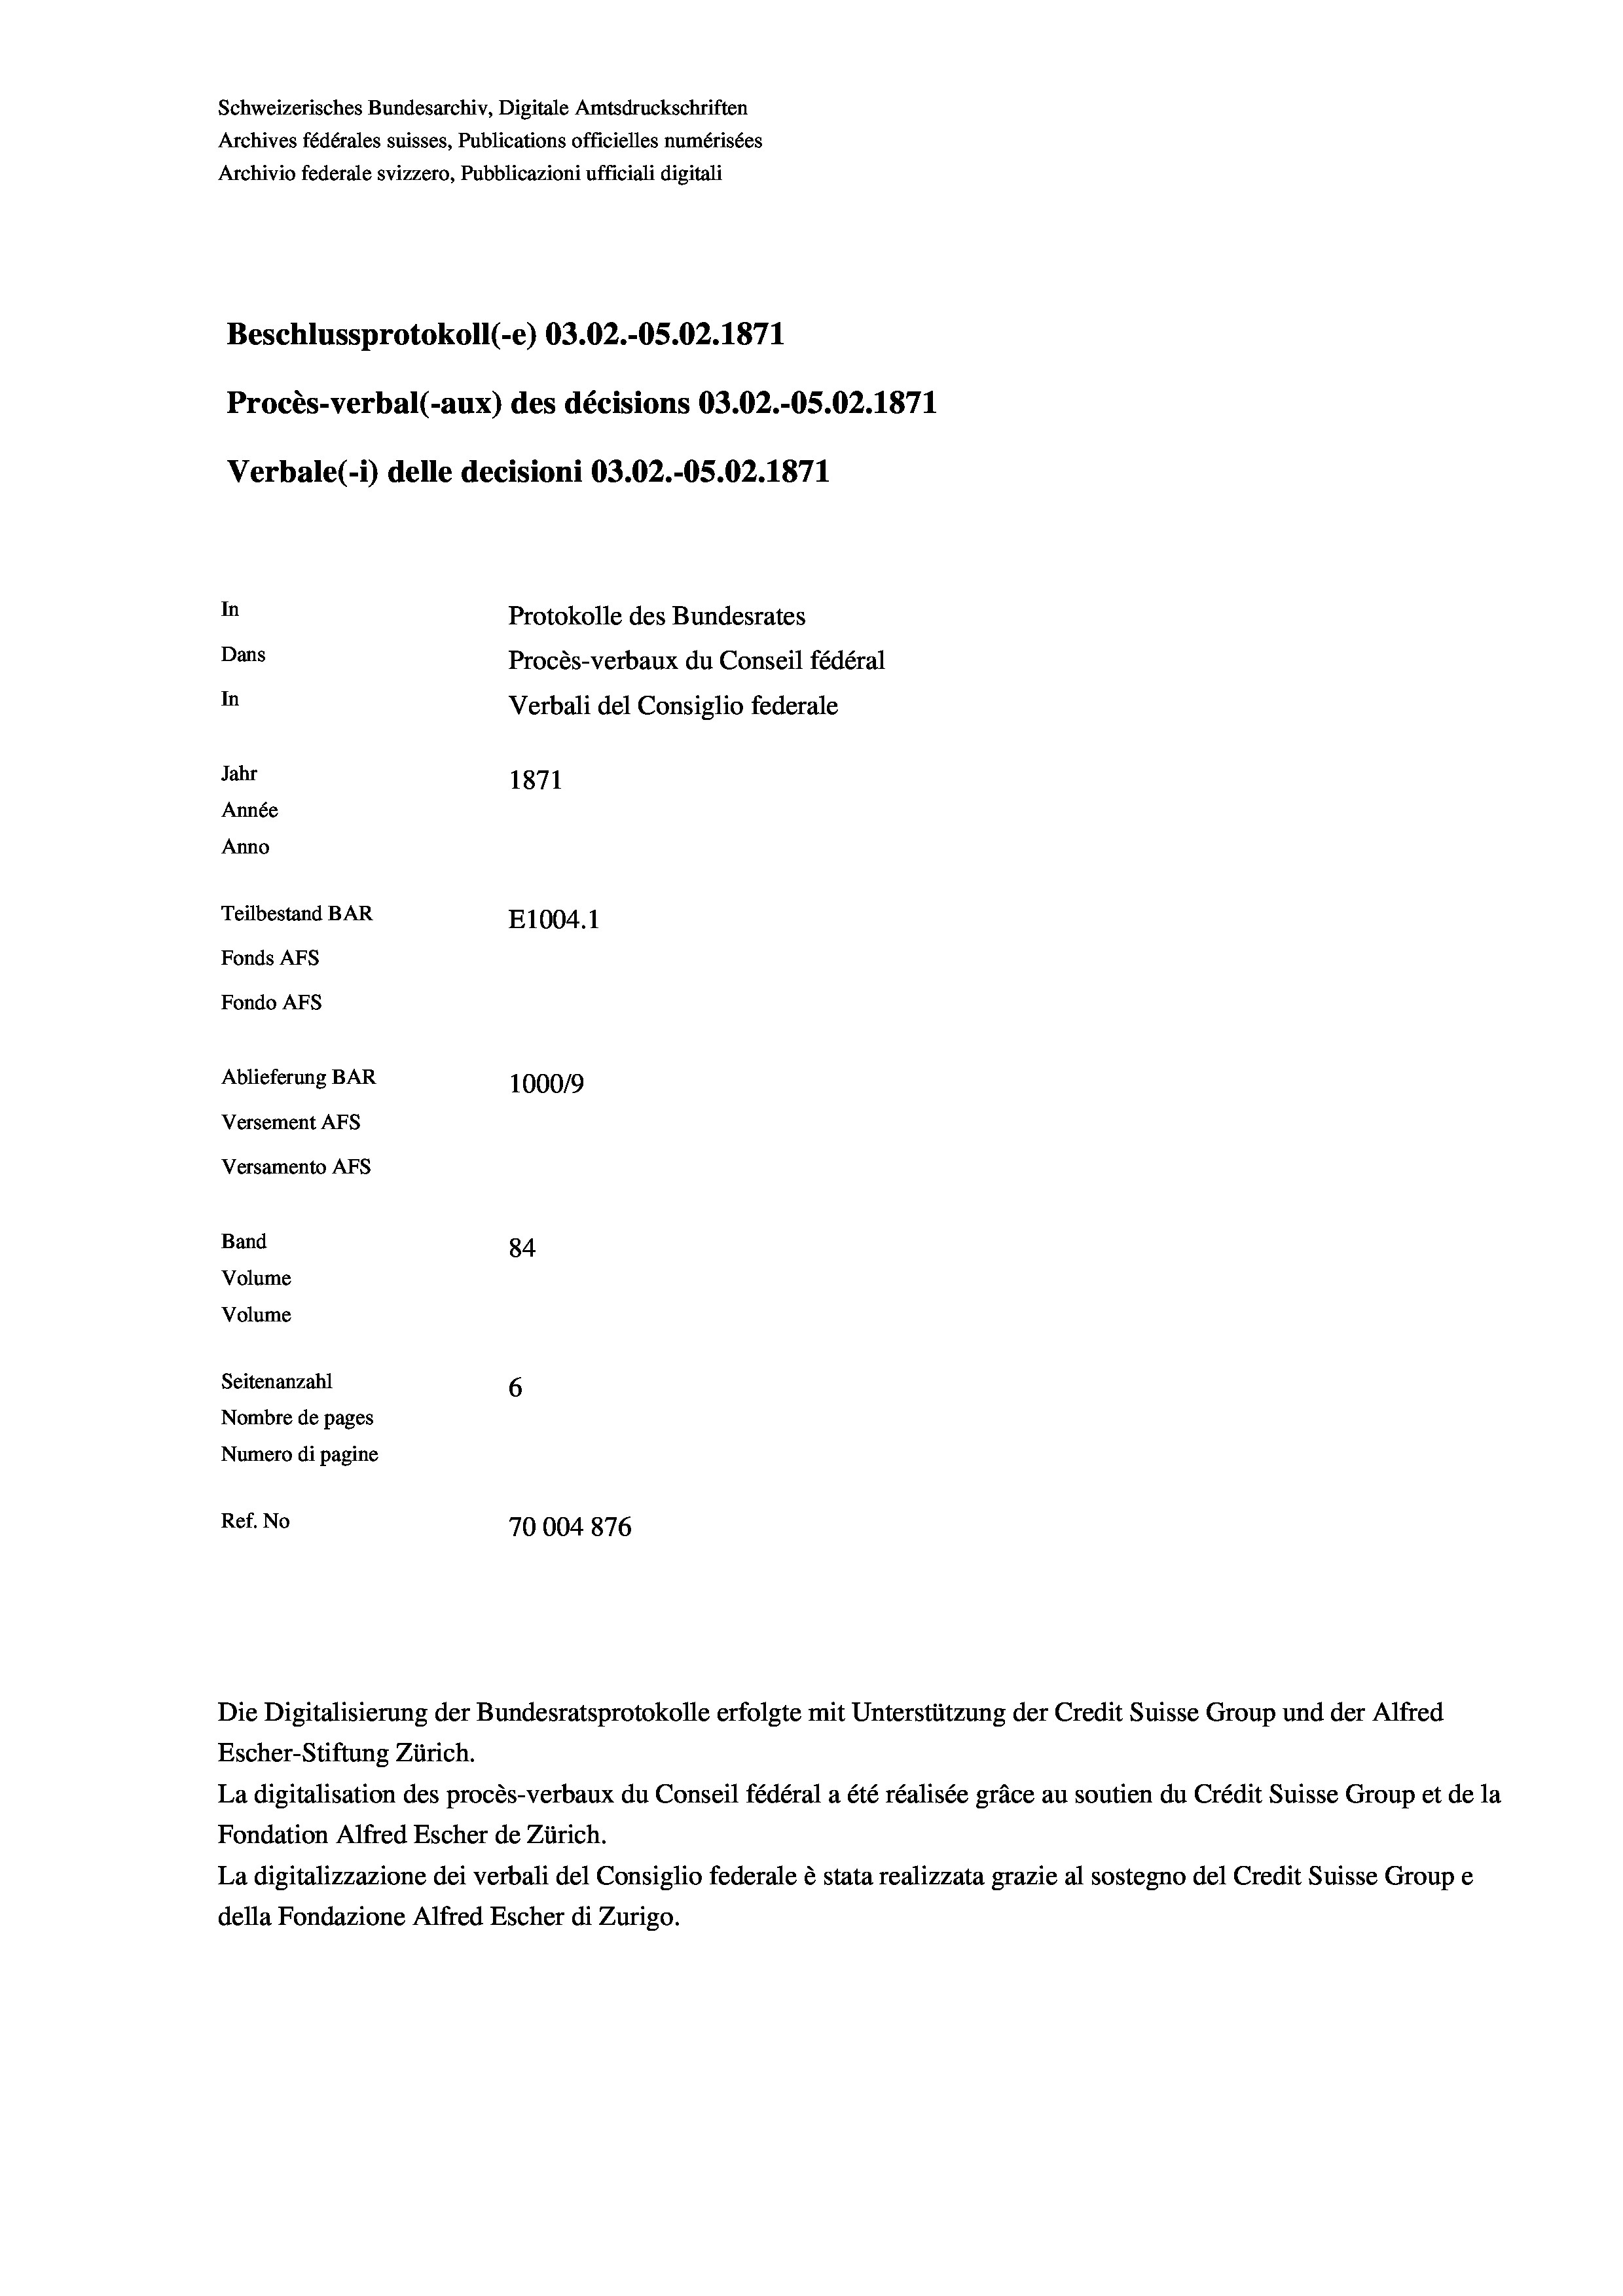
Schweizerisches Bundesarchiv, Digitale Amtsdruckschriften
Archives fédérales suisses, Publications officielles numérisées
Archivio federale svizzero, Pubblicazioni ufficiali digitali
Beschlussprotokoll (-e) 03.02.-OS.02. 1871
Procès-verbal (-aux) des décisions 03.02.-OS.02. 1871
Verbale(*) delle decisioni 03.02.-OS.02. 1871
In
Protokolle des Bundesrates
Dans
Procès-verbaux du Conseil fédéral
In
Verbali del Consiglio federale
Jahr
1871
Année
Anno
Teilbestand BAR
E1004. 1
Fonds AFs
Fondo AFS
Ablieferung BAR
100019
Versement AFs
Versamento AFs
Band
84
Volume
Volume
Seitenanzahl
6
Nombre de pages
Numero di pagine
Ref. No
70004876

La digitalisation des procès-verbaux du Conseil fédéral a été réalisée gräce au soutien du Crédit Suisse Group et de la
Fondation Alfred Escher de Zürich.
La digitalizzazione dei verbali del Consiglio federale è stata realizzata grazie al sostegno del Credit Suisse Groupe
della Fondazione Alfred Escher di Zurigo.

Die Digitalisierung der Bundesratsprotokolle erfolgte mit Unterstützung der Credit Suisse Group und der Alfred
Escher-Stiftung Zürich.